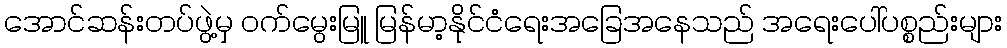
အောင်ဆန်းတပ်ဖွဲ့မှ ဝက်မွေးမြူ မြန်မာ့နိုင်ငံရေးအခြေအနေသည် အရေးပေါ်ပစ္စည်းများ